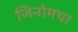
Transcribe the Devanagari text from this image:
जिनोमचा